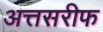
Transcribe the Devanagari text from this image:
अत्तसरीफ